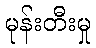
မုန်းတီးမှု